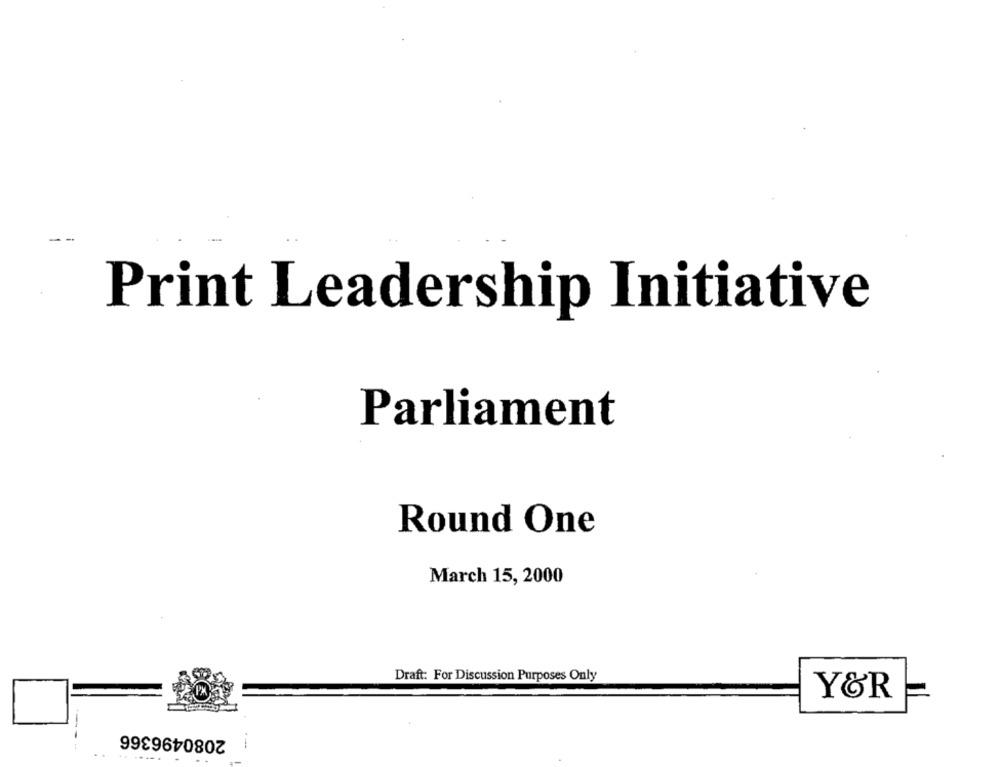
Print Leadership Initiative
Parliament
Round One
March 15, 2000
Draft: For Discussion Purposes Only
Y&R
2080496366
--